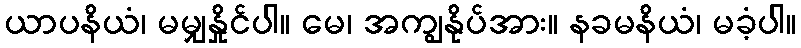
ယာပနိယံ၊ မမျှနှိုင်ပါ။ မေ၊ အကျွနိုပ်အား။ နခမနိယံ၊ မခံ့ပါ။